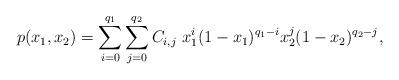
LaTeX: \begin{align*} p(x_1,x_2) = \sum_{i=0}^{q_1}\sum_{j=0}^{q_2} C_{i,j} ~ x_1^{i}(1-x_1)^{q_1-i}x_2^{j}(1-x_2)^{q_2-j}, \end{align*}